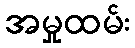
အမှုထမ်း